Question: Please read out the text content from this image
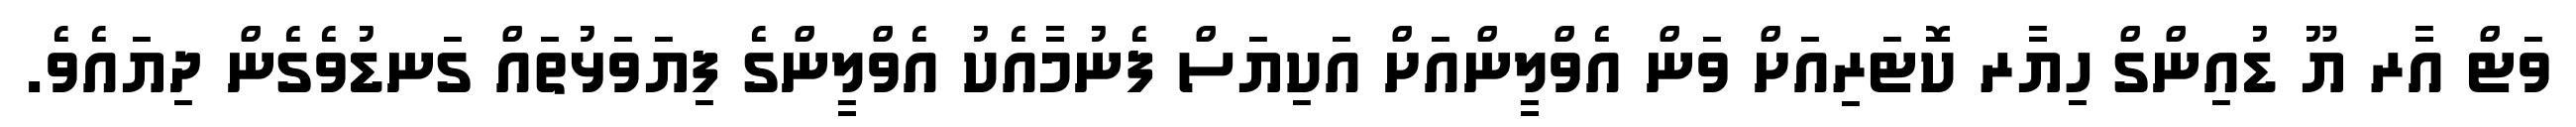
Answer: ވަޓް އާރ ޔޫ ޑުއިންގް ހިޔާރ ކޮޓަރިއަށް ވަން އެވްލީންއަށް އަކިޔަސް ފެނުމާއެކު އެވްލީންގެ ފިޔަވަޅުތައް ގަނޑުވެގެން ދިޔައެވެ.